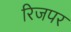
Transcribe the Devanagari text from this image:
रिजपर